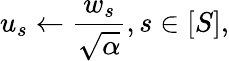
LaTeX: u_{s}\gets\frac{w_{s}}{\sqrt{\alpha}},s\in[S],